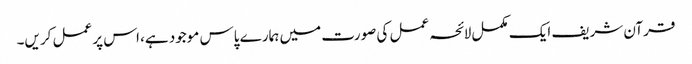
قرآن شریف ایک مکمل لائحہ عمل کی صورت میں ہمارے پاس موجود ہے، اس پر عمل کریں۔